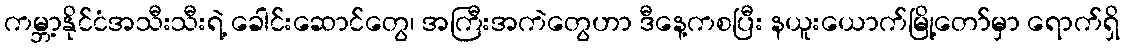
ကမ္ဘာ့နိုင်ငံအသီးသီးရဲ့ ခေါင်းဆောင်တွေ၊ အကြီးအကဲတွေဟာ ဒီနေ့ကစပြီး နယူးယောက်မြို့တော်မှာ ရောက်ရှိ